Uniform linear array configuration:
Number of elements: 8
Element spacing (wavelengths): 0.25
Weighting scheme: exponential
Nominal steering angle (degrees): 15
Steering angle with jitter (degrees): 13.108
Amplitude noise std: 0.05
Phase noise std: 0.05

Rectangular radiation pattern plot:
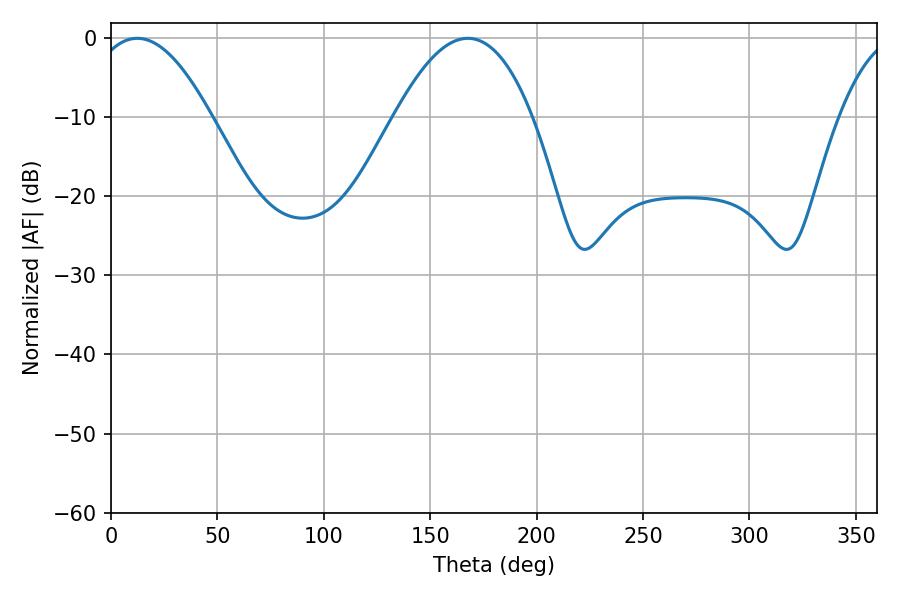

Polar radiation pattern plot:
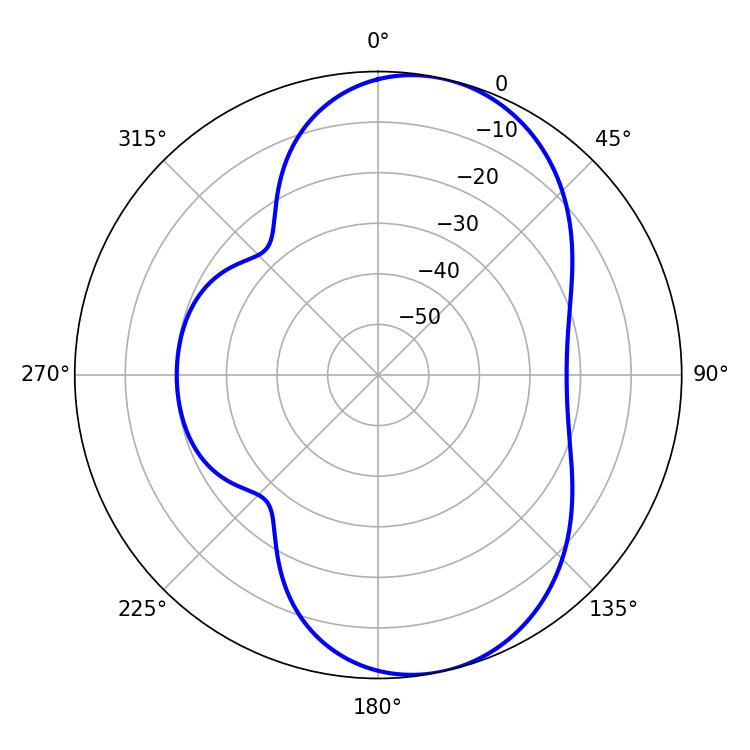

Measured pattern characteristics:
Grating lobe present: FALSE
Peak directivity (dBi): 8.138
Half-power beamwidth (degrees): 30.78
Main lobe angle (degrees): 12.42